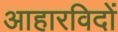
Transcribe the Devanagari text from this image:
आहारविदों